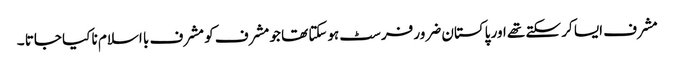
مشرف ایسا کر سکتے تھے اور پاکستان ضرور فرسٹ ہوسکتا تھا جو مشرف کو مشرف با اسلام نا کیا جاتا ۔